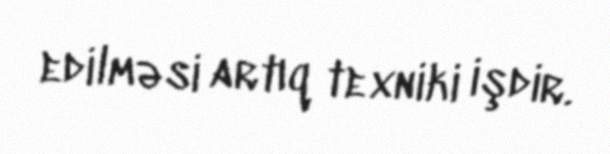
edilməsi artıq texniki işdir.